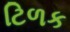
ટિળક